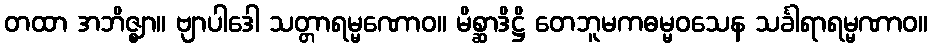
တထာ အဘိဇ္ဈာ။ ဗျာပါဒေါ သတ္တာရမ္မဏောဝ။ မိစ္ဆာဒိဋ္ဌိ တေဘူမကဓမ္မဝသေန သင်္ခါရာရမ္မဏာဝ။